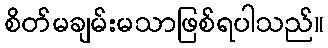
စိတ်မချမ်းမသာဖြစ်ရပါသည်။